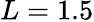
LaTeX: L=1.5